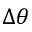
\Delta \theta